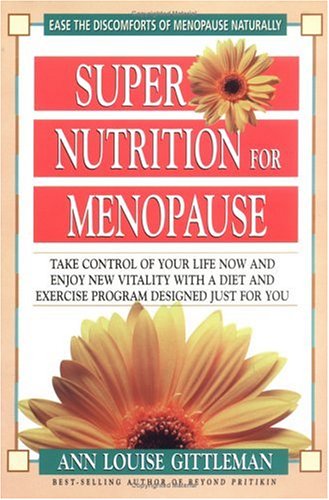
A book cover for Super Nutrition for Menopause: Take Control of Your Life Now and Enjoy New Vitality; Ann Louise Gittleman Ph.D.  CNS; Health, Fitness & Dieting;